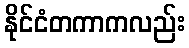
နိုင်ငံတကာကလည်း